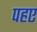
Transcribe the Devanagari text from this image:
पहए